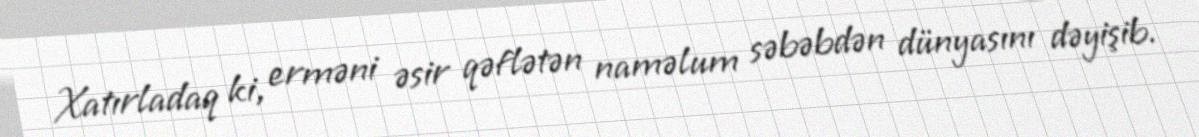
Xatırladaq ki, erməni əsir qəflətən naməlum səbəbdən dünyasını dəyişib.